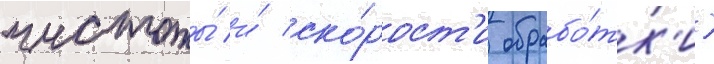
чистоты́ и́ ско́рост'и обрабо́тк'и)